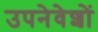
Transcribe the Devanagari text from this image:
उपनेवेशों